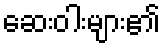
ဆေးဝါးများ၏